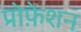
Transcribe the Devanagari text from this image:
प्रोफ़ेशन